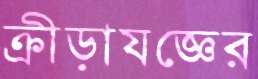
ক্রীড়াযজ্ঞের